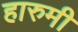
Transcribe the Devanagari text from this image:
हारुमी